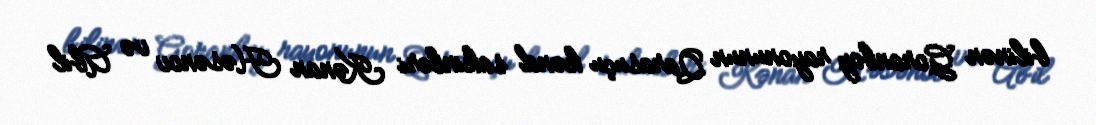
bilinən Goranboy rayonunun Qarasuçu kənd sakinləri Kənan Həsənov və Abil